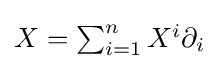
\textstyle X=\sum _{i=1}^{n}X^{i}\partial _{i}